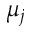
\mu _ { j }